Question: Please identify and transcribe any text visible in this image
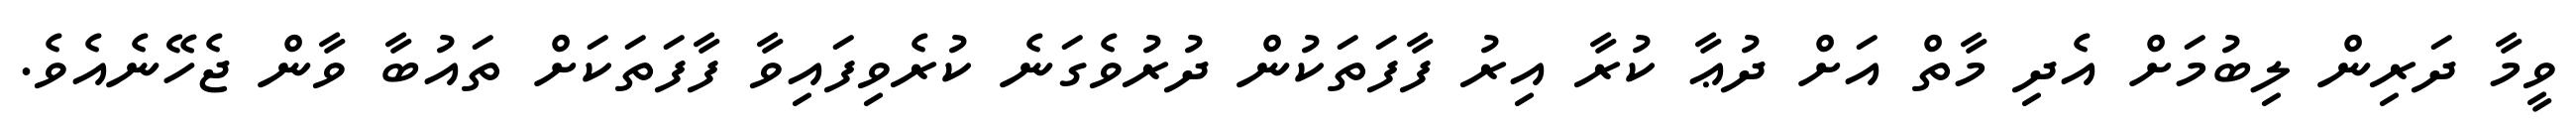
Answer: ވީމާ ދަރިން ލިބުމަށް އެދި މާތް އަށް ދުޢާ ކުރާ އިރު ފާފަތަކުން ދުރުވެގަނެ ކުރެވިފައިވާ ފާފަތަކަށް ތައުބާ ވާން ޖެހޭނެއެވެ.